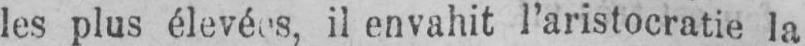
les plus élevées, il envahit l’aristocratie la